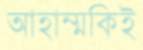
আহাম্মকিই